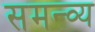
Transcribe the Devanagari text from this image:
समन्व्य